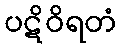
ပဋိဝိရတံ